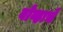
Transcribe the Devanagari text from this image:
बोव्हाचे